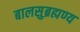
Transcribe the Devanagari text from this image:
बालसुब्रह्मण्य